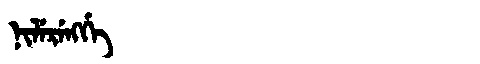
Manchu: ᠨᡳᠯᡝᡵᡝᠩᡤᡝ
Romanization: NILERENGGE